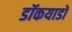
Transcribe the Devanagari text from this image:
डॉकयाडों